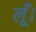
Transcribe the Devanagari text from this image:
लूँ।